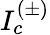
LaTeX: I_{c}^{(\pm)}